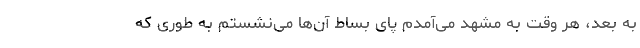
به بعد، هر وقت به مشهد می‌آمدم پای بساط آن‌ها می‌نشستم به طوری که